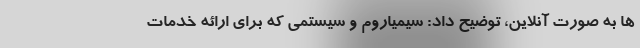
ها به صورت آنلاین، توضیح داد: سیمیاروم و سیستمی که برای ارائه خدمات